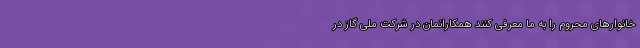
خانوار‌های محروم را به ما معرفی کنند همکارانمان در شرکت ملی گاز در